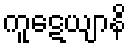
ကူဋေယျာနိ